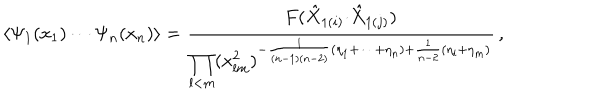
\langle \Psi _ { 1 } ( x _ { 1 } ) \cdots \Psi _ { n } ( x _ { n } ) \rangle = \displaystyle { \frac { F ( \hat { X } _ { 1 ( i ) } { \cdot \hat { X } _ { 1 ( j ) } } ) } { \displaystyle { \prod _ { l < m } ( x _ { l m } ^ { 2 } ) ^ { - \frac { 1 } { ( n - 1 ) ( n - 2 ) } ( \eta _ { 1 } + \cdots + \eta _ { n } ) + \frac { 1 } { n - 2 } ( \eta _ { l } + \eta _ { m } ) } } } } \, ,